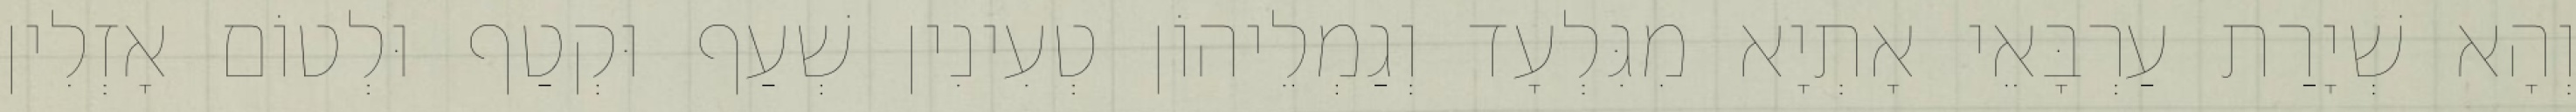
וְהָא שְׁיָרַת עַרְבָּאֵי אָתְיָא מִגִּלְעָד וְגַמְלֵיהוֹן טְעִינִין שְׁעַף וּקְטַף וּלְטוֹם אָזְלִין